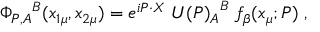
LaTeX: { \Phi _ { P , A } } ^ { B } ( x _ { 1 \mu } , x _ { 2 \mu } ) = e ^ { i P \cdot X } \; { U ( P ) _ { A } } ^ { B } \; f _ { \beta } ( x _ { \mu } ; P ) \; ,